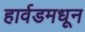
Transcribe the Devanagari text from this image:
हार्वडमधून